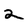
Character: 2